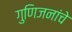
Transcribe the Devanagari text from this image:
गुणिजनांचे